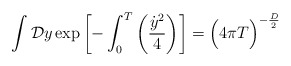
\begin{align*}\int {\cal D}y\, {\rm exp} \left[ - \int_0^T \left( {{\dot y}^2\over 4} \right) \right]= {\Bigl(4\pi T\Bigr)}^{-{D\over 2}}\end{align*}